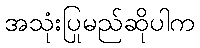
အသုံးပြုမည်ဆိုပါက